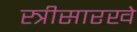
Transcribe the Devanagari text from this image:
स्त्रीसारखे